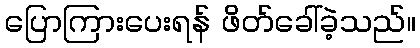
ပြောကြားပေးရန် ဖိတ်ခေါ်ခဲ့သည်။